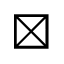
\boxtimes